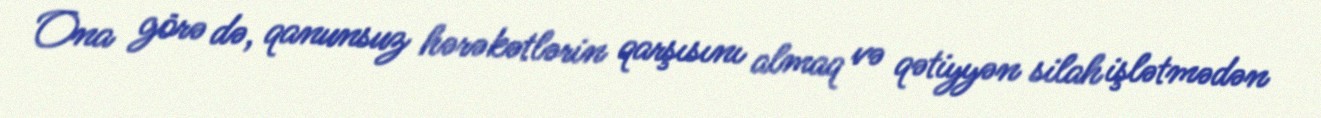
Ona görə də, qanunsuz hərəkətlərin qarşısını almaq və qətiyyən silah işlətmədən